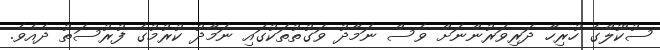
ސުކޫލްގެ ހުރިހާ ދަރިވަރުންނަށް ވެސް ނަމާދު ވަގުތުތަކުގައި ނަމާދު ކުރުމުގެ ފުރުސަތު ދެއެވެ.